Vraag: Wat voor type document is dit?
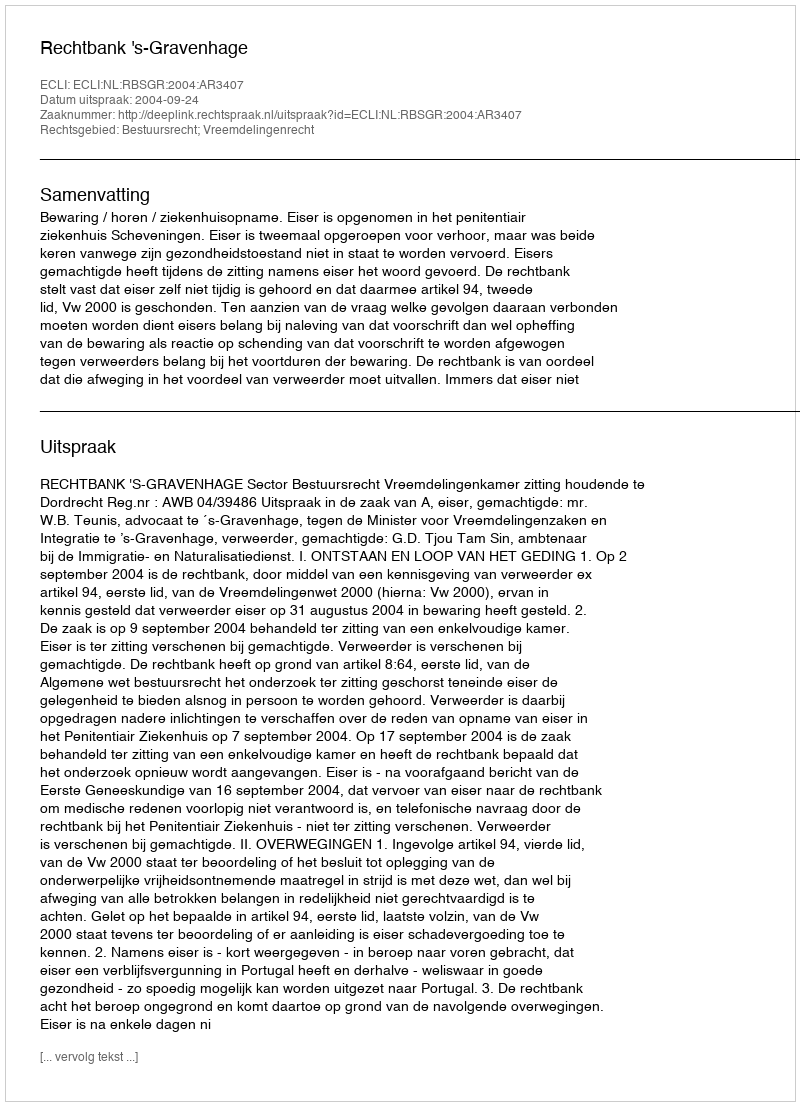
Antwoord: Uitspraak